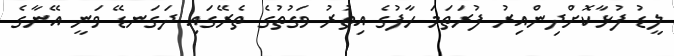
ލީޑު ފުޅާކޮށްދިންއިރު ފުރަތަމަ ހާފުގެ އިތުރު ވަގުތުގެ ތެރޭގައި ދަގަނޑޭ ވަނީ އޭނާގެ